Scottish Leaving Certificate Examination, 1960
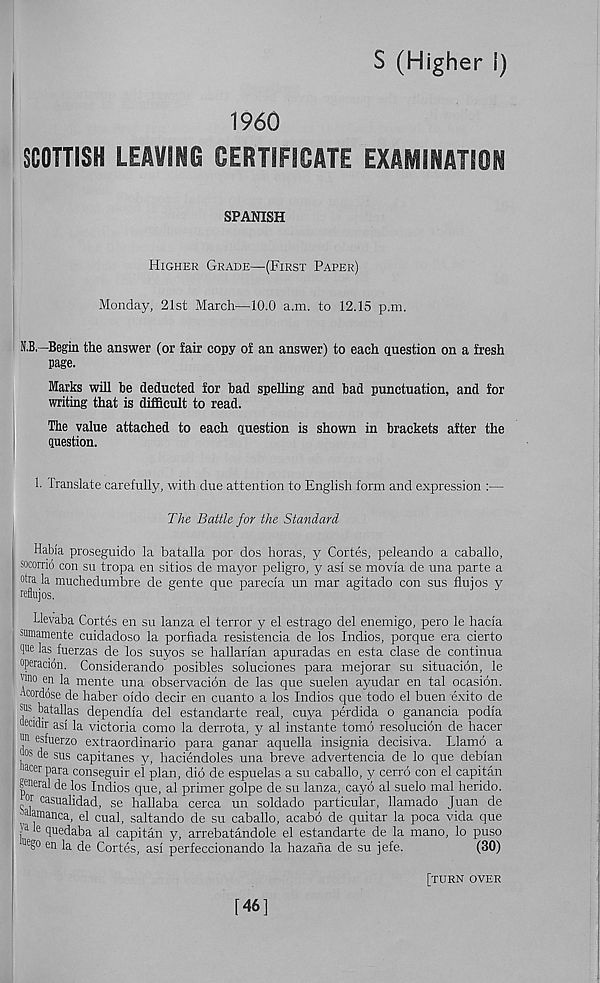
S (Higher I)
1960
SCOTTISH LEAVING CERTIFICATE EXAMINATION
SPANISH
Higher Grade—(First Paper)
Monday, 21st March—10.0 a.m. to 12.15 p.m.
If.B—Begin the answer (or fair copy of an answer) to each question on a fresh
page.
Marks will be deducted for bad spelling and bad punctuation, and for
writing that is difficult to read.
The value attached to each question is shown in brackets after the
question.
1. Translate carefully, with due attention to English form and expression :—
The Battle for the Standard
Habia proseguido la batalla por dos horas, y Cortes, peleando a caballo,
socorno con su tropa en sitios de mayor peligro, y asi se movla de una parte a
otra la muchedumbre de gente que parecia tin mar agitado con sus flujos y
reflujos.
Llevaba Cortes en su lanza el terror y el estrago del enemigo, pero le hacia
sumamente cuidadoso la porfiada resistencia de los Indios, porque era cierto
1® las fuerzas de los suyos se hallarlan apuradas en esta clase de continua
operation. Considerando posibles soluciones para mejorar su situacion, le
'ino en la mente una observacion de las que suelen ayudar en tal ocasion.
Acordoge de haber oido decir en cuanto a los Indios que todo el buen exito de
® batallas dependla del estandarte real, cuya perdida o ganancia podia
oeadir asi la victoria como la derrota, y al instante tomo resolucion de hacer
™ esfuerzo extraordinario para ganar aquella insignia decisiva. Llamo a
jos de sus capitanes y, haciendoles una breve advertencia de lo que debian
’ acer para conseguir el plan, did de espuelas a su caballo, y cerro con el capital!
general de los Indios que, al primer golpe de su lanza, cayo al suelo mal herido.
w casualidad, se hallaba cerca un soldado particular, llamado Juan de
■ ahmanca, el cual, saltando de su caballo, acabo de quitar la poca vida que
| a k quedaba al capital! y, arrebatandole el estandarte de la mano, lo puso
ue go en la de Cortes, asi perfeccionando la hazana de su jefe.
(30)
[46]
[turn over